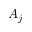
A _ { j }